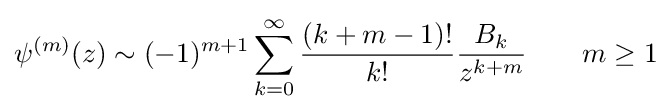
\psi ^{(m)}(z)\sim (-1)^{m+1}\sum _{k=0}^{\infty }{\frac {(k+m-1)!}{k!}}{\frac {B_{k}}{z^{k+m}}}\qquad m\geq 1